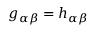
g _ { \alpha \beta } = h _ { \alpha \beta }